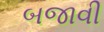
બજાવી